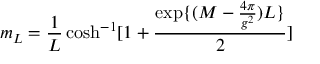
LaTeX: m _ { L } = \frac { 1 } { L } \cosh ^ { - 1 } [ 1 + \frac { \exp \{ ( M - \frac { 4 \pi } { g ^ { 2 } } ) L \} } { 2 } ]